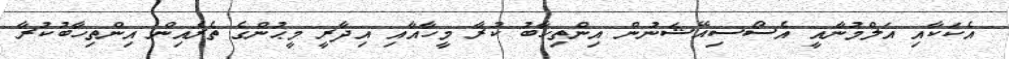
އެކަކާއި އަލްމުނާއީ އެސޯސިއޭޝަނުން އިންތިހާބު ކުރާ މީހާއާއި އިދާރީ މީޙުންގެ ތެރެއިން އިންތިހާބުކުރާ